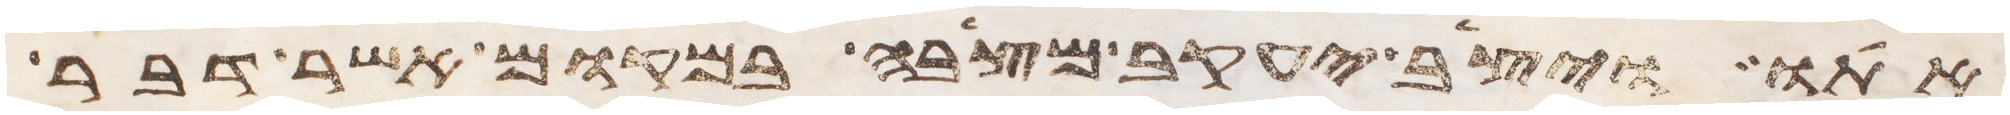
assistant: אתו ויצב יעקב מצבה במקום אשר דבר